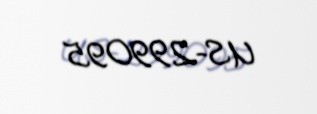
US-299095